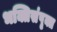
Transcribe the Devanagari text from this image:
भक्तिसंपृक्त